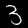
Digit: 3